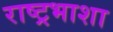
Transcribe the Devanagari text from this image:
राष्ट्रभाशा